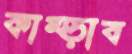
কাম্‌ড়াব